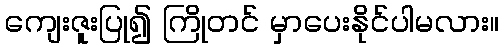
ကျေးဇူးပြု၍ ကြိုတင် မှာပေးနိုင်ပါမလား။